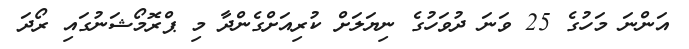
އަންނަ މަހުގެ 25 ވަނަ ދުވަހުގެ ނިޔަލަށް ކުރިއަށްގެންދާ މި ޕްރޮމޯޝަނުގައި ރޯދަ